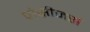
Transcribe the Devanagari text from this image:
प्रोसीजर्स